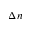
\Delta n